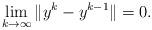
LaTeX: \begin{align*} \lim \limits_{k\rightarrow \infty }\|y^{k}-y^{k-1}\|=0.\end{align*}